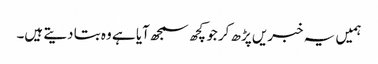
ہمیں یہ خبریں پڑھ کر جو کچھ سمجھ آیا ہے وہ بتا دیتے ہیں۔